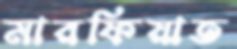
মারফিয়াত